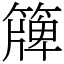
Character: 簰